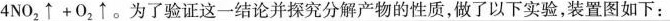
4 N O_{2} \uparrow+ O _{2} \uparrow$$。为了验证这一结论并探究分解产物的性质，做了以下实验，装置图如下：